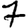
Digit: 7